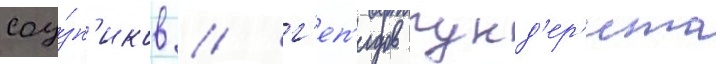
соу́зн'иков / г'еп'идов гунд'ер'ита